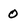
Character: O